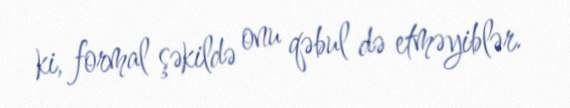
ki, formal şəkildə onu qəbul də etməyiblər.